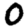
Digit: 0